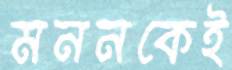
মননকেই